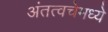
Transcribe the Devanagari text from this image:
अंतत्वचेमध्ये